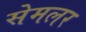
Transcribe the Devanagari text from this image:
सेमलर